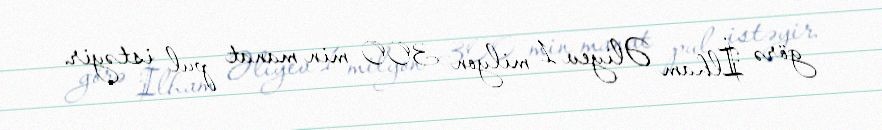
görə İlham Əliyev 1 milyon 300 min manat pul istəyir.